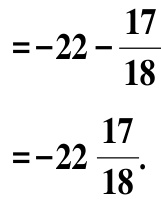
\[
=-22 - \frac{17}{18} \\
=-22\frac{17}{18}.
\]